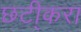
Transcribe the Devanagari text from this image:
छटी्करा